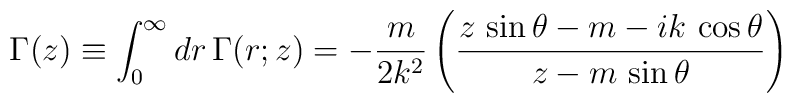
\Gamma(z)\equiv\int_0^\infty dr \,\Gamma(r;z) = -\frac{m}{2k^2}\left({z\,\sin\theta-m-ik\,\cos\theta\over z-m\,\sin\theta}\right)